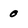
Character: 0